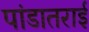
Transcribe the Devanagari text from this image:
पांडातराई